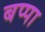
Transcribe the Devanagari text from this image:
बप्‍पा